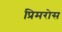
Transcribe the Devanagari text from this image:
प्रिमरोस